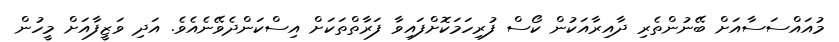
މުއައްސަސާއަށް ބޭނުންތެރި ދާއިރާއަކުން ކޯސް ފުރިހަމަކޮށްފައިވާ ފަރާތްތަކަށް އިސްކަންދެވޭނެއެވެ. އަދި ވަޒީފާއަށް މީހުން